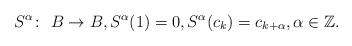
LaTeX: \begin{gather*} S^{\alpha}\colon \ B\to B,S^{\alpha}(1)=0, S^{\alpha}(c_{k})=c_{k+\alpha}, \alpha\in\mathbb{Z}.\end{gather*}